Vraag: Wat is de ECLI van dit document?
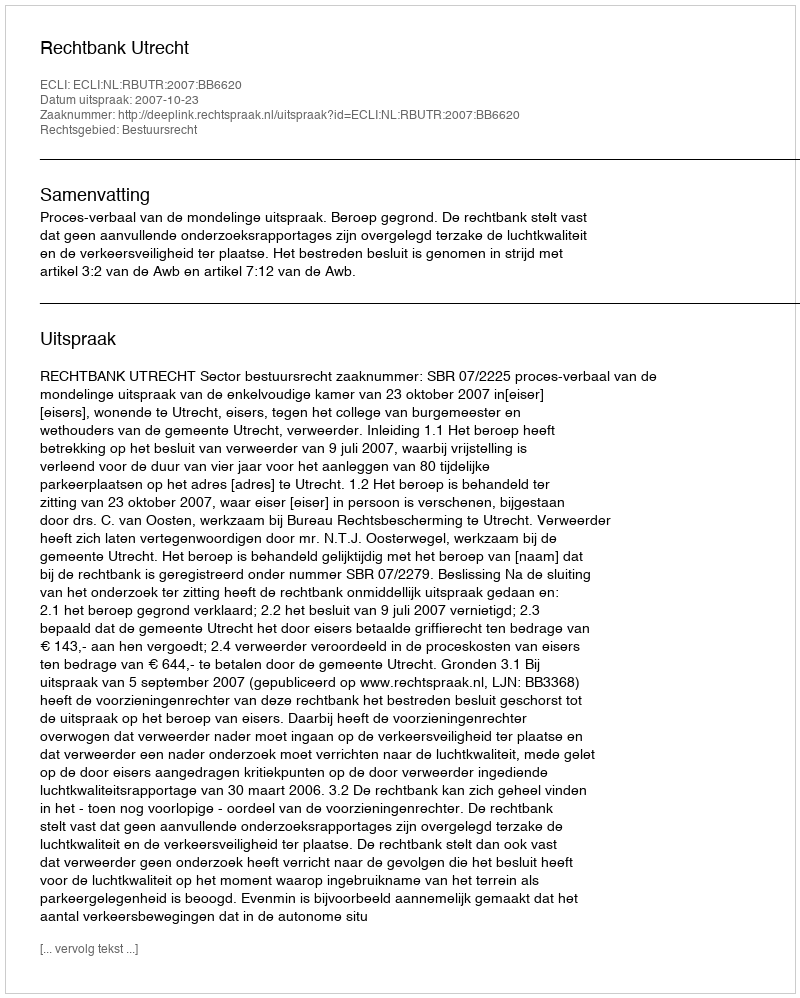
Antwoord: ECLI:NL:RBUTR:2007:BB6620